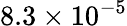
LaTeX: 8.3\times 10^{-5}